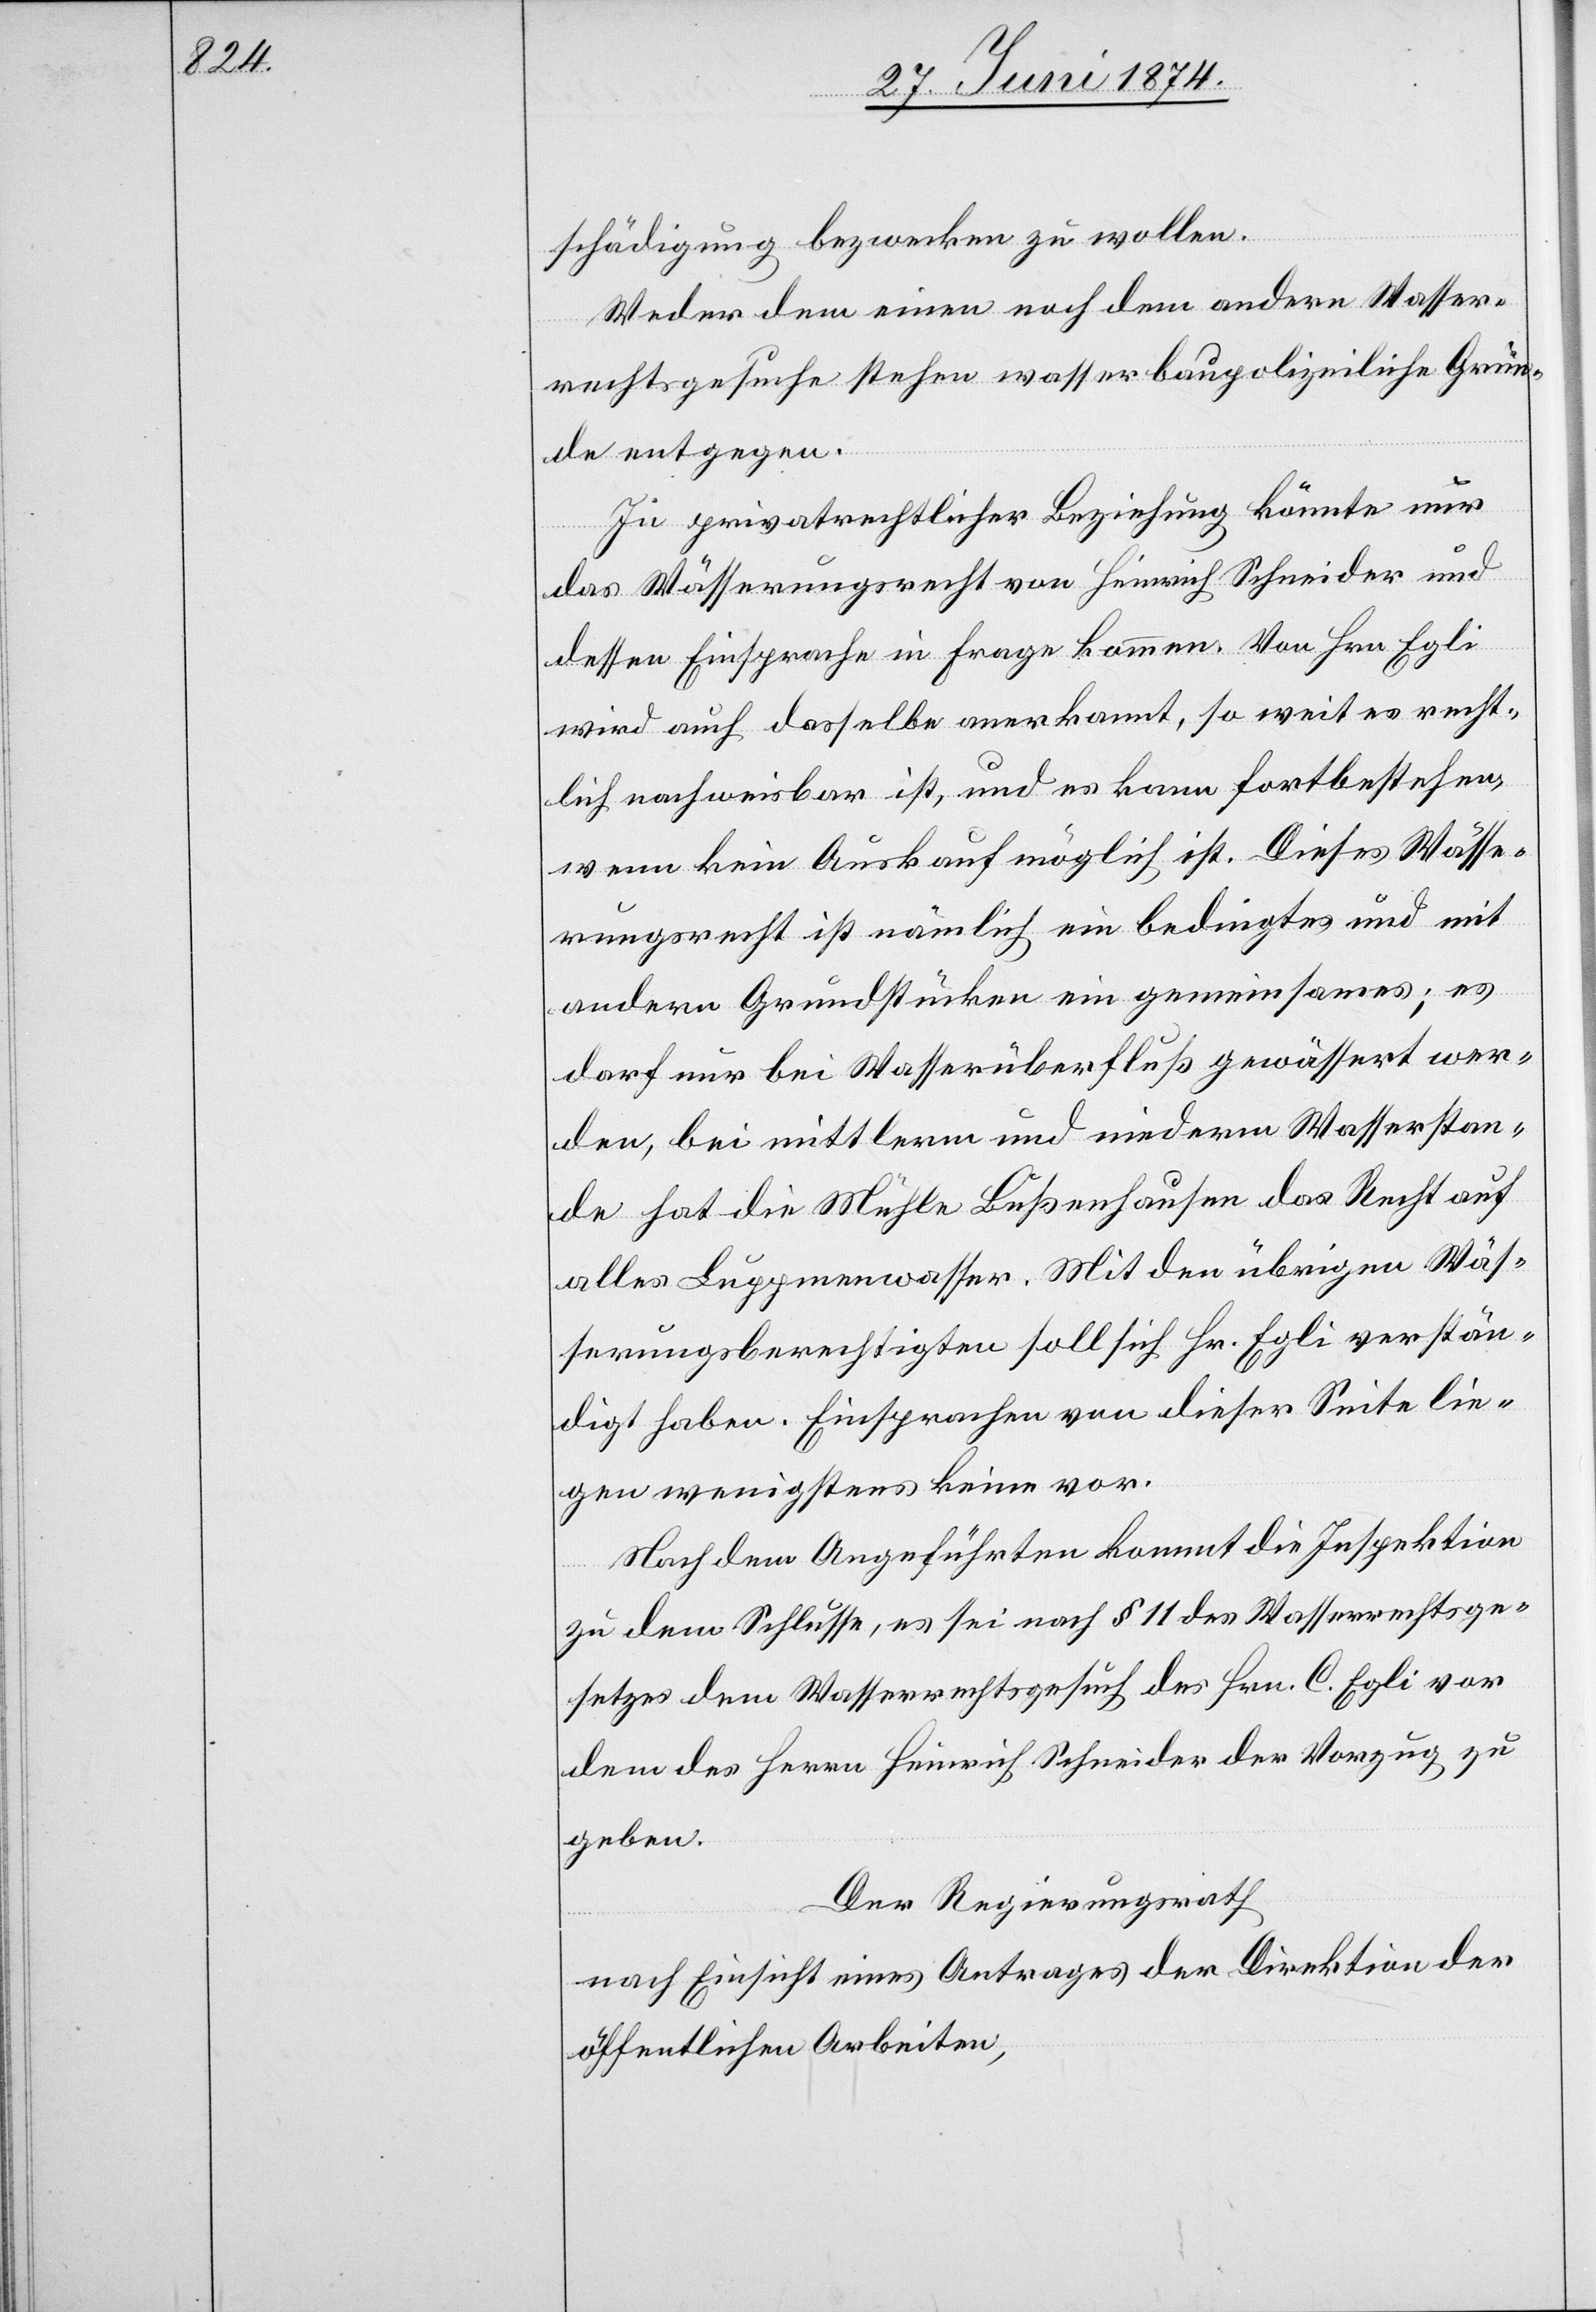
schädigung bezwecken zu wollen.
Weder dem einen noch dem andern Wasser¬
rechtsgesuche stehen wasserbaupolizeiliche Grün¬
de entgegen.
In privatrechtlicher Beziehung könnte nur
das Wässerungsrecht von Heinrich Schneider und
dessen Einsprache in Frage kommen. Von Hrn. Egli
wird auch dasselbe anerkannt, so weit es recht¬
lich nachweisbar ist, und es kann fortbestehen,
wenn kein Auskauf möglich ist. Dieses Wässe¬
rungsrecht ist nämlich ein bedingtes und mit
andern Grundstücken ein gemeinsames; es
darf nur bei Wasserüberfluß gewässert wer¬
den, bei mittlerm und niederm Wasserstan¬
de hat die Mühle Bußenhausen das Recht auf
alles Luppmenwasser. Mit den übrigen Wäs¬
serungsberechtigten soll sich Hr. Egli verstän¬
digt haben. Einsprachen von dieser Seite lie¬
gen wenigstens keine vor.
Nach dem Angeführten kommt die Inspektion
zu dem Schlusse, es sei nach § 11 des Wasserrechtsge¬
setzes dem Wasserrechtsgesuch des Hrn. C. Egli vor
dem des Herrn Heinrich Schneider der Vorzug zu
geben.
Der Regierungsrath
nach Einsicht eines Antrages der Direktion der
öffentlichen Arbeiten,